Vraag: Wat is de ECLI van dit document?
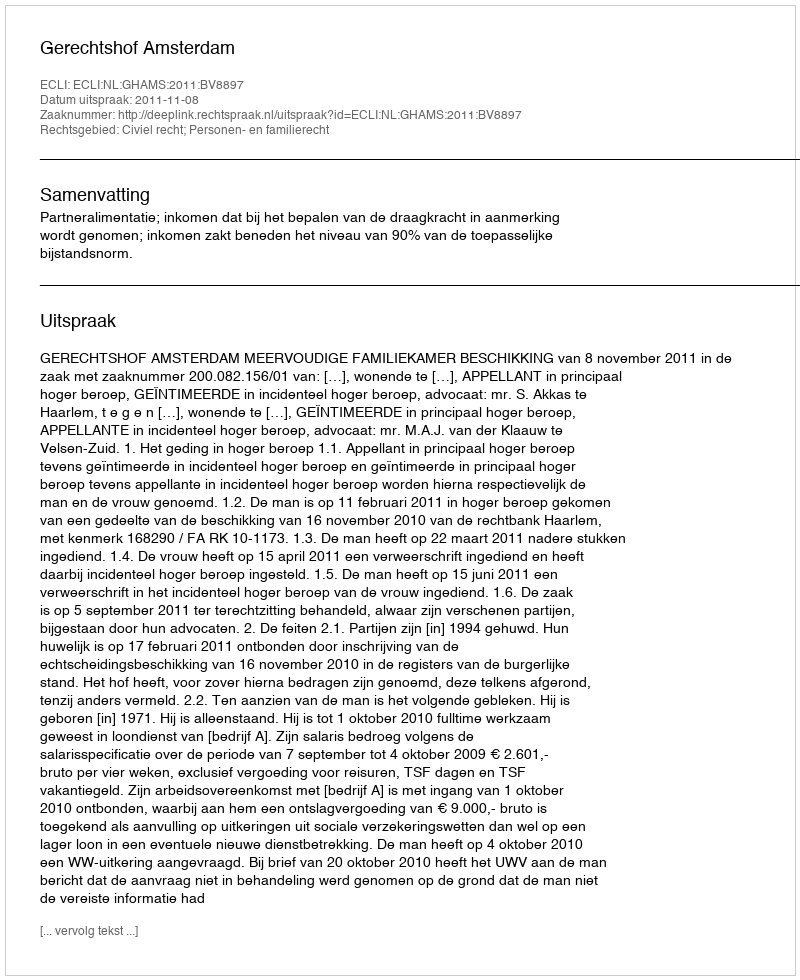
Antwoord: ECLI:NL:GHAMS:2011:BV8897